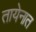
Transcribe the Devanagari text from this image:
तायेनात